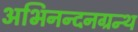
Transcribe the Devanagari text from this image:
अभिनन्दनग्रन्थ